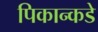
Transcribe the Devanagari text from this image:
पिकान्कडे